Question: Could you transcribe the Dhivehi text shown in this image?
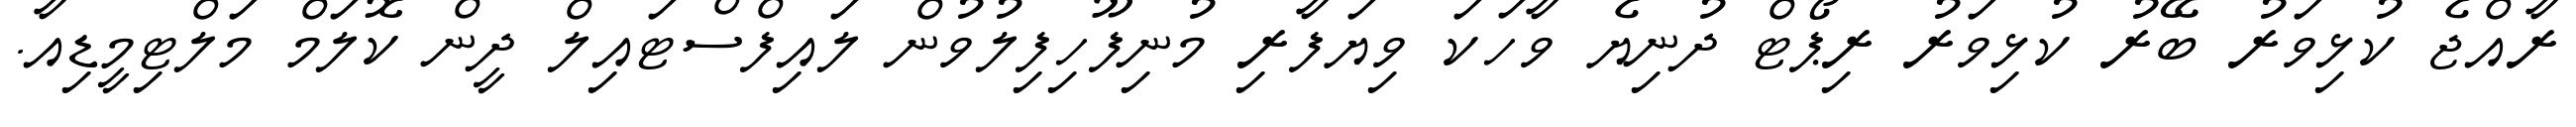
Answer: ރާއްޖެ ކުޅިވަރު ބޭރު ކުޅިވަރު ރިޕޯޓް ދުނިޔެ ވާހަކަ ވިޔަފާރި މުނިފޫހިފިލުވުން ލައިފްސްޓައިލް ދީން ކޮލަމް މަލްޓިމީޑިއާ.